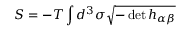
S = - T \int d ^ { 3 } \sigma \sqrt { - \operatorname * { d e t } h _ { \alpha \beta } }